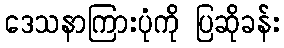
ဒေသနာကြားပုံကို ပြဆိုခန်း